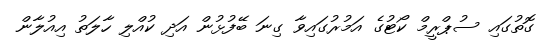
ގޮތުގައި ސުޕްރީމް ކޯޓުގެ އަމުރުގައިވާ ގިނަ ބޭފުޅުން އަދި ކުއްލި ހާލަތު އިއުލާން